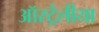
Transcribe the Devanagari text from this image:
ऑस्ट्रेलीया